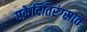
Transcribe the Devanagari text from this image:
एक्रेदितिरंग्स्रात